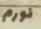
نورم